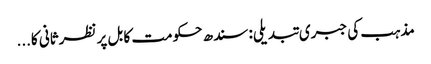
مذہب کی جبری تبدیلی: سندھ حکومت کا بل پر نظرثانی کا...